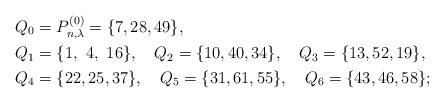
LaTeX: \begin{align*}&Q_0=P_{n,\lambda}^{(0)}=\{7,28,49\},\\&Q_1=\{1,~4,~16\},~~~Q_2=\{10,40,34\},~~~Q_3=\{13,52,19\},\\&Q_4=\{22,25,37\},~~~Q_5=\{31,61,55\},~~~Q_6=\{43,46,58\};\end{align*}